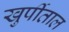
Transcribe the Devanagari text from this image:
खुर्पीताल